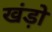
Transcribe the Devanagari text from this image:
खंड़ो